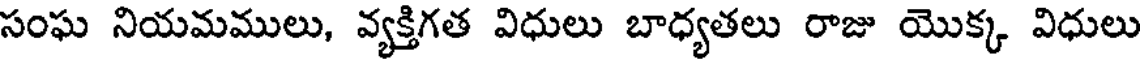
సంఘ నియమములు, వ్యక్తిగత విధులు బాధ్యతలు రాజు యొక్క విధులు